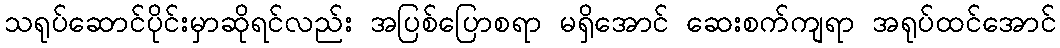
သရုပ်ဆောင်ပိုင်းမှာဆိုရင်လည်း အပြစ်ပြောစရာ မရှိအောင် ဆေးစက်ကျရာ အရုပ်ထင်အောင်